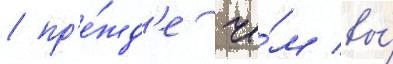
/ пр'е́жд'е че́м вы́